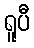
ရူပီ